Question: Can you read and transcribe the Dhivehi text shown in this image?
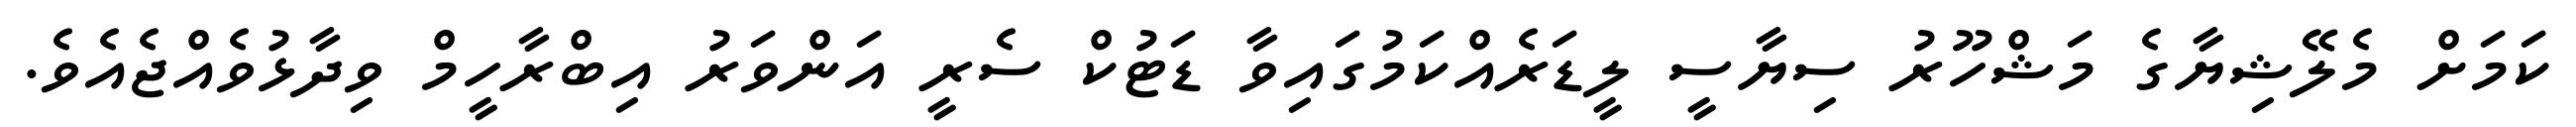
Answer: ކަމަށް މެލޭޝިޔާގެ މަޝްހޫރު ސިޔާސީ ލީޑަރެއްކަމުގައިވާ ޑަޓުކް ސެރީ އަންވަރު އިބްރާހީމް ވިދާޅުވެއްޖެއެވެ.